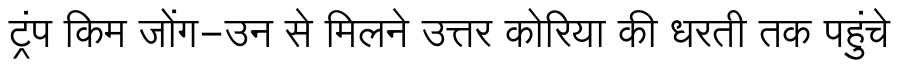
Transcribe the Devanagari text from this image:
ट्रंप किम जोंग-उन से मिलने उत्तर कोरिया की धरती तक पहुंचे